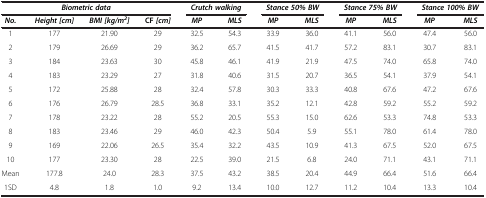
| <COLSPAN=4> Biometric data | <COLSPAN=2> Crutch walking | <COLSPAN=2> Stance 50% BW | <COLSPAN=2> Stance 75% BW | <COLSPAN=2> Stance 100% BW |
 | No. | Height [cm] | BMI [kg/m2] | CF [cm] | MP | MLS | MP | MLS | MP | MLS | MP | MLS |
 | --- | --- | --- | --- | --- | --- | --- | --- | --- | --- | --- | --- |
 | 1 | 177 | 21.90 | 29 | 32.5 | 54.3 | 33.9 | 36.0 | 41.1 | 56.0 | 47.4 | 56.0 |
 | 2 | 179 | 26.69 | 29 | 36.2 | 65.7 | 41.5 | 41.7 | 57.2 | 83.1 | 30.7 | 83.1 |
 | 3 | 184 | 23.63 | 30 | 45.8 | 46.1 | 41.9 | 21.9 | 47.5 | 74.0 | 65.8 | 74.0 |
 | 4 | 183 | 23.29 | 27 | 31.8 | 40.6 | 31.5 | 20.7 | 36.5 | 54.1 | 37.9 | 54.1 |
 | 5 | 172 | 25.88 | 28 | 32.4 | 57.8 | 30.3 | 33.3 | 40.8 | 67.6 | 47.2 | 67.6 |
 | 6 | 176 | 26.79 | 28.5 | 36.8 | 33.1 | 35.2 | 12.1 | 42.8 | 59.2 | 55.2 | 59.2 |
 | 7 | 178 | 23.22 | 28 | 55.2 | 20.5 | 55.3 | 15.0 | 62.6 | 53.3 | 74.8 | 53.3 |
 | 8 | 183 | 23.46 | 29 | 46.0 | 42.3 | 50.4 | 5.9 | 55.1 | 78.0 | 61.4 | 78.0 |
 | 9 | 169 | 22.06 | 26.5 | 35.4 | 32.2 | 43.5 | 10.9 | 41.3 | 67.5 | 52.0 | 67.5 |
 | 10 | 177 | 23.30 | 28 | 22.5 | 39.0 | 21.5 | 6.8 | 24.0 | 71.1 | 43.1 | 71.1 |
 | Mean | 177.8 | 24.0 | 28.3 | 37.5 | 43.2 | 38.5 | 20.4 | 44.9 | 66.4 | 51.6 | 66.4 |
 | 1SD | 4.8 | 1.8 | 1.0 | 9.2 | 13.4 | 10.0 | 12.7 | 11.2 | 10.4 | 13.3 | 10.4 |